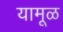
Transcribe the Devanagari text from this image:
यामूळ